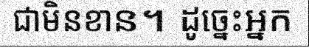
ជាមិនខាន។ ដូច្នេះអ្នក